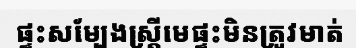
ផ្ទះសម្បែងស្ត្រីមេផ្ទះមិនត្រូវមាត់